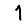
Digit: 1